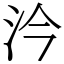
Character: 汵